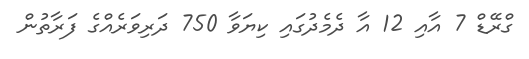
ގްރޭޑް 7 އާއި 12 އާ ދެމެދުގައި ކިޔަވާ 750 ދަރިވަރެއްގެ ފަރާތުން